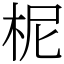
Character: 柅